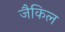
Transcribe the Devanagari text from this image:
जैकिल